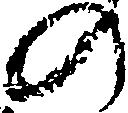
の